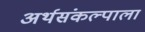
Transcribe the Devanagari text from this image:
अर्थसंकल्पाला